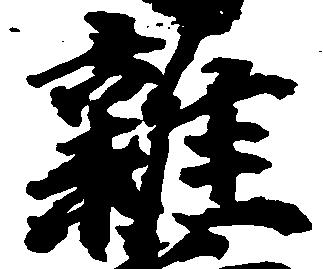
雑